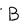
Character: B